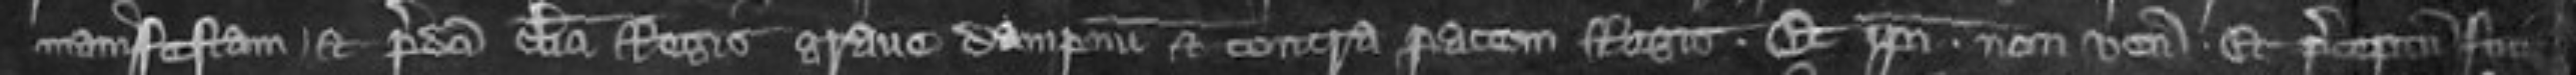
manifestam et predicti clerici Regis grave dampnum et contra pacem Regis  Et ipsi non venit et preceptum fuit